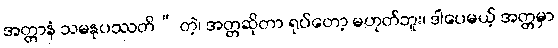
အတ္တာနံ သမနုပဿတိ” တဲ့၊ အတ္တဆိုတာ ရုပ်တော့ မဟုတ်ဘူး၊ ဒါပေမယ့် အတ္တမှာ